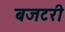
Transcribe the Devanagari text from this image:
बजटरी